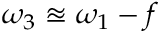
\omega _ { 3 } \approxeq \omega _ { 1 } - f